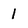
Character: 1